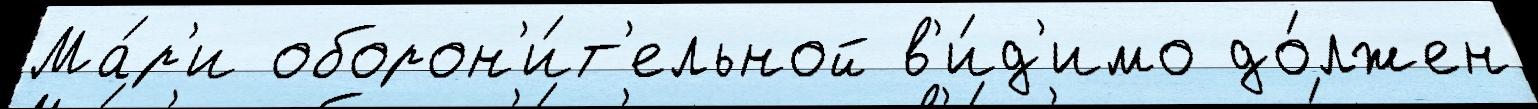
Ма́р'и оборон'и́т'ельной в'и́д'имо до́лжен